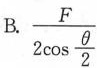
B.\frac{F}{2cos\frac{θ}{2}}